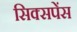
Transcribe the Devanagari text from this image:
सिक्सपेंस